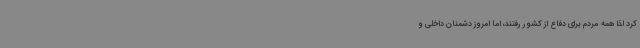
کرد لذا همه مردم برای دفاع از کشور رفتند، اما امروز دشمنان داخلی و